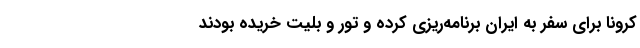
کرونا برای سفر به ایران برنامه‌ریزی کرده و تور و بلیت خریده بودند